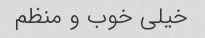
خیلی خوب و منظم